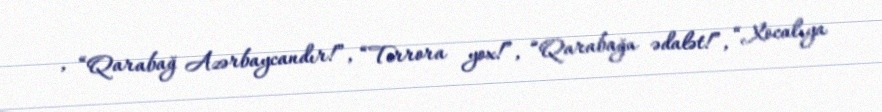
, “Qarabağ Azərbaycandır!”, “Terrora yox!”, “Qarabağa ədalət!”, “Xocalıya